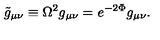
{ \tilde { g } } _ { \mu \nu } \equiv \Omega ^ { 2 } g _ { \mu \nu } = e ^ { - 2 \Phi } g _ { \mu \nu } .